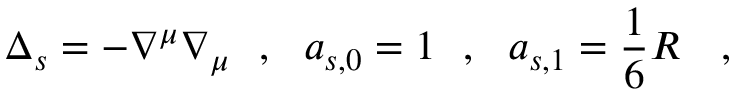
\Delta _ { s } = - \nabla ^ { \mu } \nabla _ { \mu } ~ ~ , ~ ~ a _ { s , 0 } = 1 ~ ~ , ~ ~ a _ { s , 1 } = \frac 1 6 R ~ ~ ~ ,